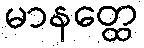
မာနတ္ထေ